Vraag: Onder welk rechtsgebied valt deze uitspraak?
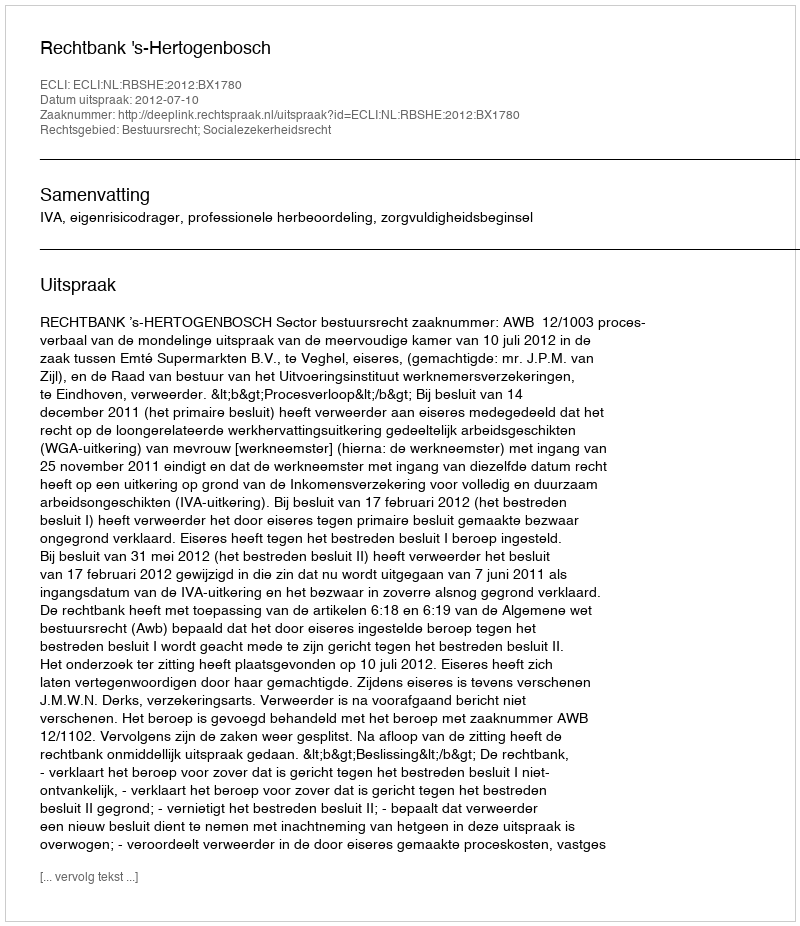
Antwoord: Bestuursrecht; Socialezekerheidsrecht